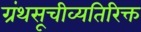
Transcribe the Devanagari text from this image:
ग्रंथसूचीव्यतिरिक्त